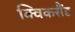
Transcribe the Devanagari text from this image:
क्विकसैंड